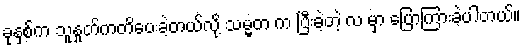
ခုနှစ်က သူနှုတ်ကတိပေးခဲ့တယ်လို့ သမ္မတ က ပြီးခဲ့တဲ့ လ မှာ ပြောကြားခဲ့ပါတယ်။